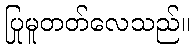
ပြုမူတတ်လေသည်။